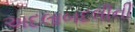
અદલાબદલીની